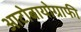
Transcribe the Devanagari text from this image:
आटोबायोग्राफी